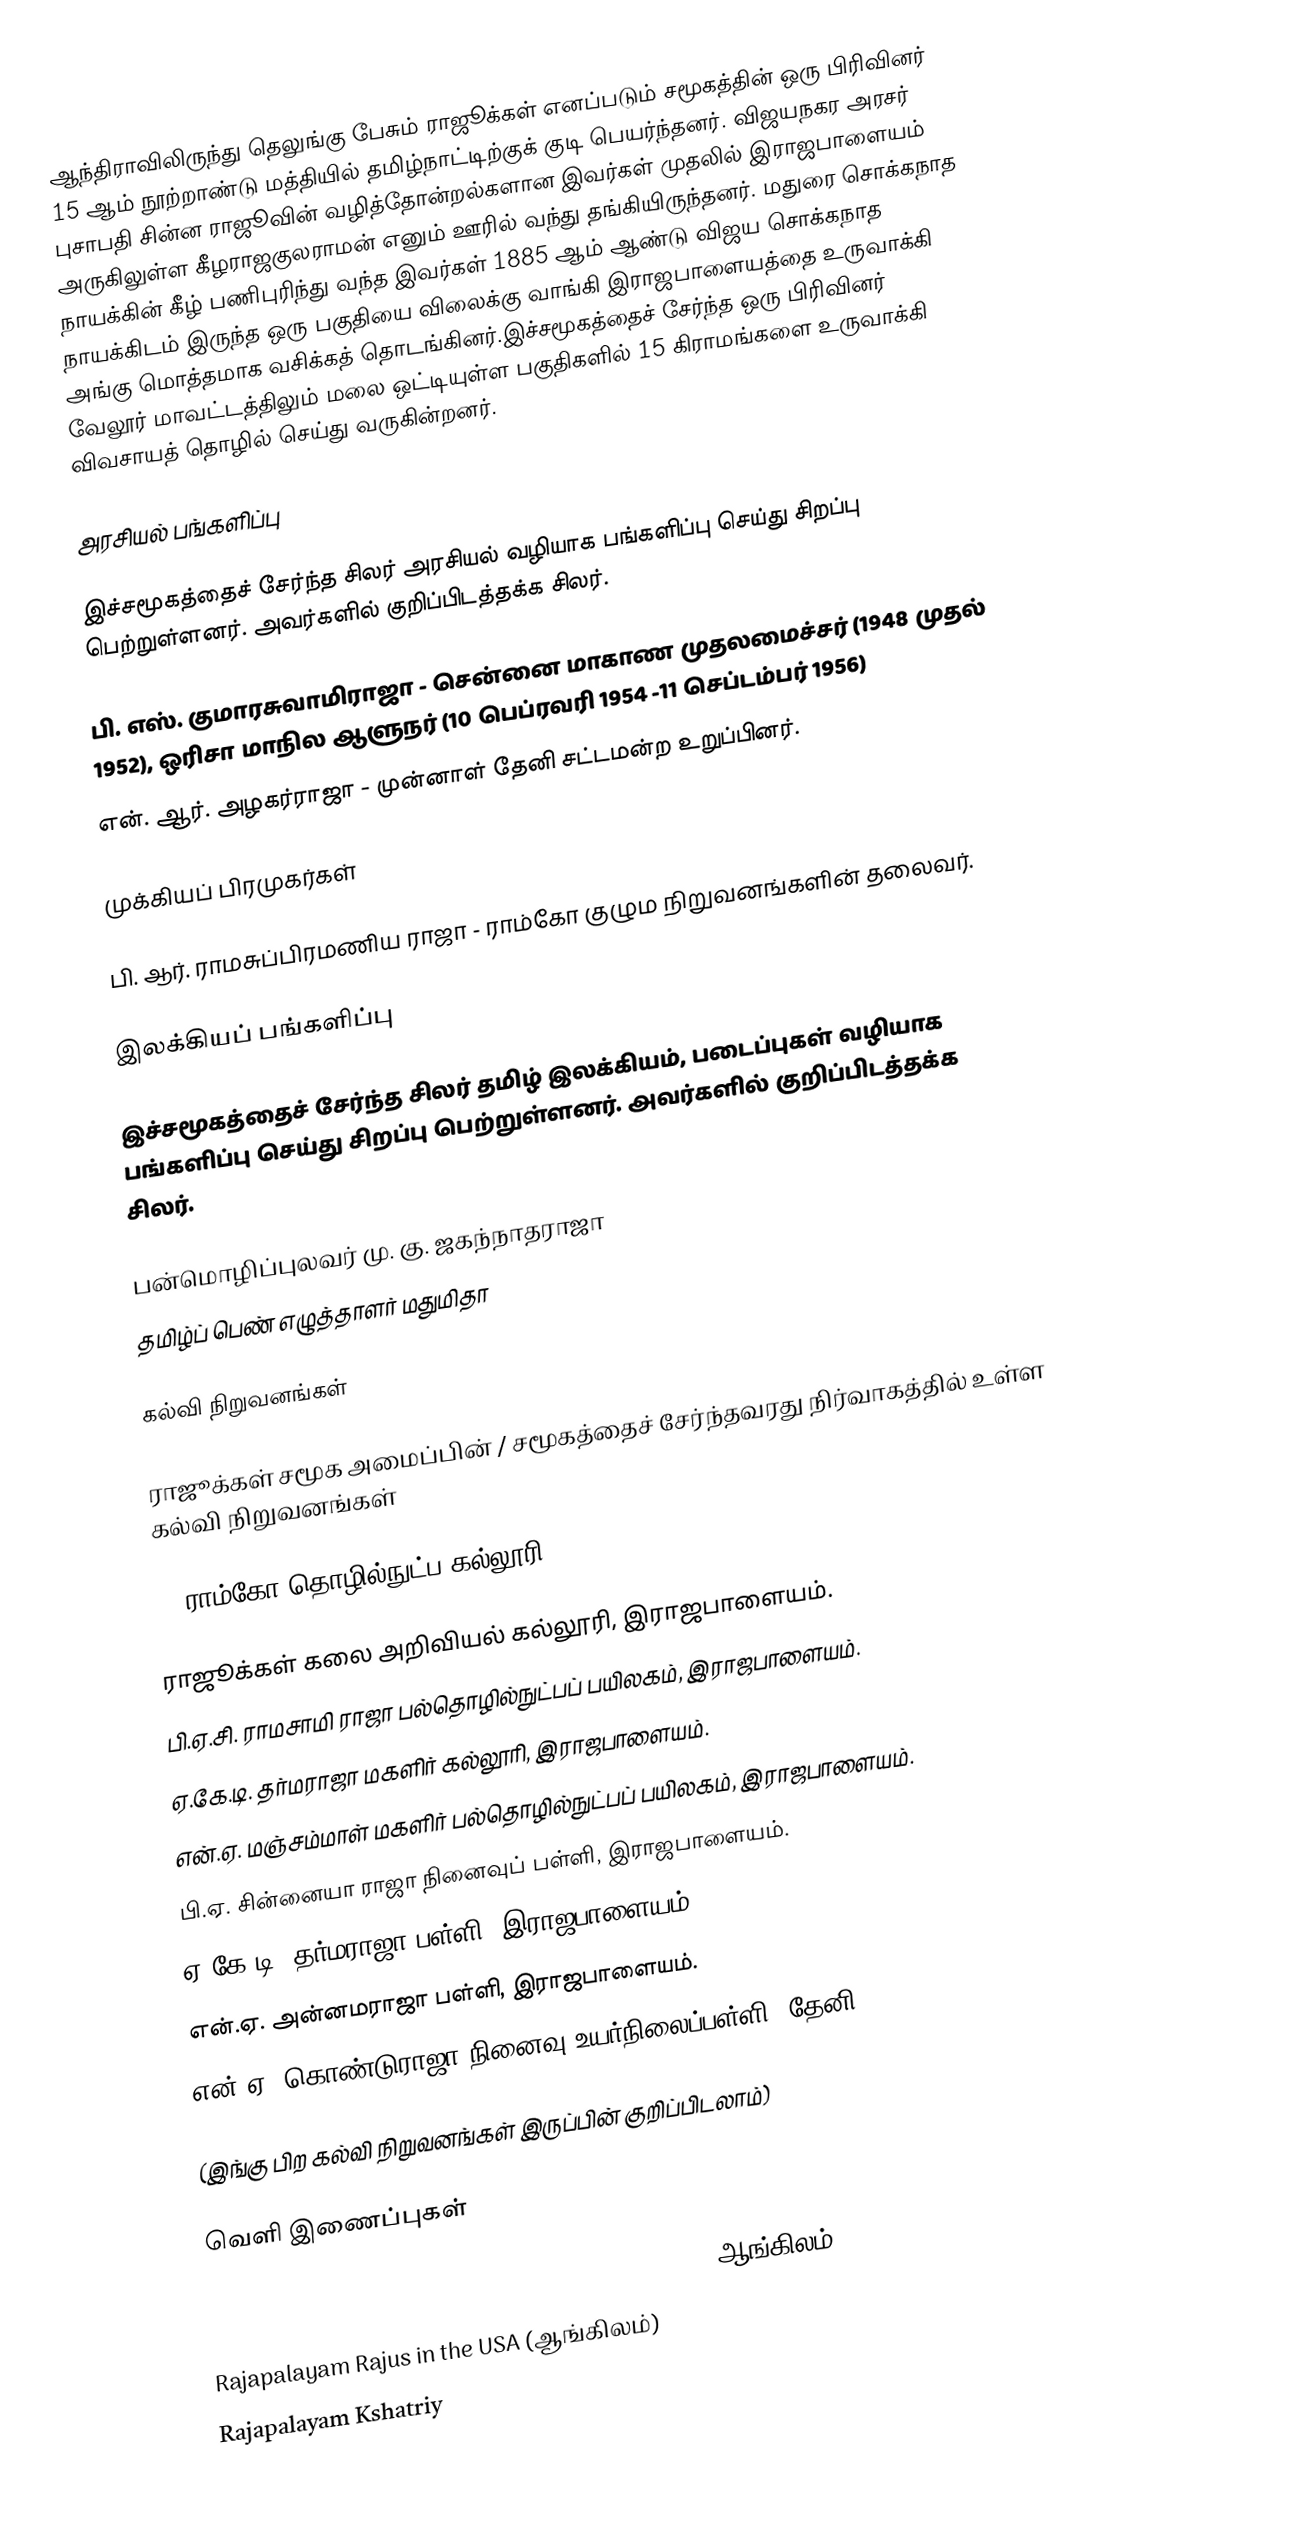
ஆந்திராவிலிருந்து தெலுங்கு பேசும் ராஜூக்கள் எனப்படும் சமூகத்தின் ஒரு பிரிவினர் 15 ஆம் நூற்றாண்டு மத்தியில் தமிழ்நாட்டிற்குக் குடி பெயர்ந்தனர். விஜயநகர அரசர் புசாபதி சின்ன ராஜூவின் வழித்தோன்றல்களான இவர்கள் முதலில் இராஜபாளையம் அருகிலுள்ள கீழராஜகுலராமன் எனும் ஊரில் வந்து தங்கியிருந்தனர். மதுரை சொக்கநாத நாயக்கின் கீழ் பணிபுரிந்து வந்த இவர்கள் 1885 ஆம் ஆண்டு விஜய சொக்கநாத நாயக்கிடம் இருந்த ஒரு பகுதியை விலைக்கு வாங்கி இராஜபாளையத்தை உருவாக்கி அங்கு மொத்தமாக வசிக்கத் தொடங்கினர்.இச்சமூகத்தைச் சேர்ந்த ஒரு பிரிவினர் வேலூர் மாவட்டத்திலும் மலை ஒட்டியுள்ள பகுதிகளில் 15 கிராமங்களை உருவாக்கி விவசாயத் தொழில் செய்து வருகின்றனர்.

அரசியல் பங்களிப்பு

இச்சமூகத்தைச் சேர்ந்த சிலர் அரசியல் வழியாக பங்களிப்பு செய்து சிறப்பு பெற்றுள்ளனர். அவர்களில் குறிப்பிடத்தக்க சிலர்.

 பி. எஸ். குமாரசுவாமிராஜா - சென்னை மாகாண முதலமைச்சர் (1948 முதல் 1952), ஒரிசா மாநில ஆளுநர் (10 பெப்ரவரி 1954 -11 செப்டம்பர் 1956)
 என். ஆர். அழகர்ராஜா - முன்னாள் தேனி சட்டமன்ற உறுப்பினர்.

முக்கியப் பிரமுகர்கள்

 பி. ஆர். ராமசுப்பிரமணிய ராஜா - ராம்கோ குழும நிறுவனங்களின் தலைவர்.

இலக்கியப் பங்களிப்பு

இச்சமூகத்தைச் சேர்ந்த சிலர் தமிழ் இலக்கியம், படைப்புகள் வழியாக பங்களிப்பு செய்து சிறப்பு பெற்றுள்ளனர். அவர்களில் குறிப்பிடத்தக்க சிலர்.

 பன்மொழிப்புலவர் மு. கு. ஜகந்நாதராஜா
 தமிழ்ப் பெண் எழுத்தாளர் மதுமிதா

கல்வி நிறுவனங்கள்

ராஜூக்கள் சமூக அமைப்பின் / சமூகத்தைச் சேர்ந்தவரது நிர்வாகத்தில் உள்ள கல்வி நிறுவனங்கள்

°. ராம்கோ தொழில்நுட்ப கல்லூரி.

 ராஜூக்கள் கலை அறிவியல் கல்லூரி, இராஜபாளையம்.
 பி.ஏ.சி. ராமசாமி ராஜா பல்தொழில்நுட்பப் பயிலகம், இராஜபாளையம்.
 ஏ.கே.டி. தர்மராஜா மகளிர் கல்லூரி, இராஜபாளையம்.
 என்.ஏ. மஞ்சம்மாள் மகளிர் பல்தொழில்நுட்பப் பயிலகம், இராஜபாளையம்.
 பி.ஏ. சின்னையா ராஜா நினைவுப் பள்ளி, இராஜபாளையம்.
 ஏ.கே.டி. தர்மராஜா பள்ளி, இராஜபாளையம்.
 என்.ஏ. அன்னமராஜா பள்ளி, இராஜபாளையம்.
 என்.ஏ. கொண்டுராஜா நினைவு உயர்நிலைப்பள்ளி, தேனி.

(இங்கு பிற கல்வி நிறுவனங்கள் இருப்பின் குறிப்பிடலாம்)

வெளி இணைப்புகள்

 Rajapalayam Kshatriya Rajus Association (Chennai)  (ஆங்கிலம்)
Rajapalayam Rajus in the USA (ஆங்கிலம்)
 Rajapalayam Kshatriy